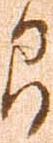
間